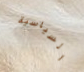
السياسية